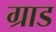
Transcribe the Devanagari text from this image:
ग्राड